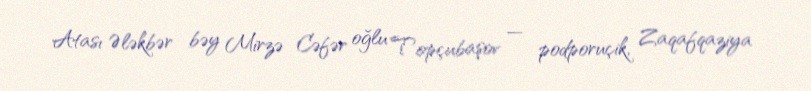
Atası Ələkbər bəy Mirzə Cəfər oğlu Topçubaşov — podporuçik, Zaqafqaziya